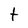
Character: t